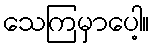
သေကြမှာပေါ့။